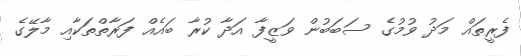
ފެރީތައް މަދު ވުމުގެ ސަބަބުން ވަޒީފާ އަދާ ކުރާ ބައެއް ފަރާތްތަކާއި މާލޭގެ